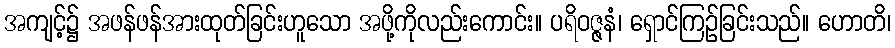
အကျင့်၌ အဖန်ဖန်အားထုတ်ခြင်းဟူသော အဖို့ကိုလည်းကောင်း။ ပရိဝဇ္ဇနံ၊ ရှောင်ကြဉ်ခြင်းသည်။ ဟောတိ၊